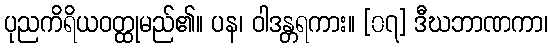
ပုညကိရိယဝတ္ထုမည်၏။ ပန၊ ဝါဒန္တရကား။ [၀၇] ဒီဃဘာဏကာ၊